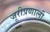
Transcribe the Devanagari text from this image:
जूरीप्रणाली